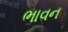
ભાવન